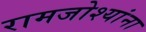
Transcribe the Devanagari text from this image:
रामजोश्यांना